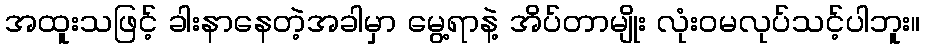
အထူးသဖြင့် ခါးနာနေတဲ့အခါမှာ မွေ့ရာနဲ့ အိပ်တာမျိုး လုံးဝမလုပ်သင့်ပါဘူး။